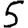
Digit: 5